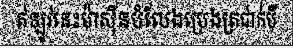
ឥឡូវនេះម៉ាស៊ីនបំលែងប្រេងត្រជាក់បី